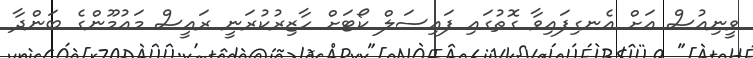
ވީނިއުސް އަށް އެނގިފައިވާ ގޮތުގައި ފައިސަލް ކޯޓަށް ހާޒިރުކުރަނީ ރައީސް މައުމޫންގެ ބަންދާ